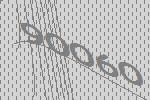
90060